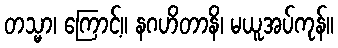
တသ္မာ၊ ကြောင့်။ နဂဟိတာနိ၊ မယူအပ်ကုန်။